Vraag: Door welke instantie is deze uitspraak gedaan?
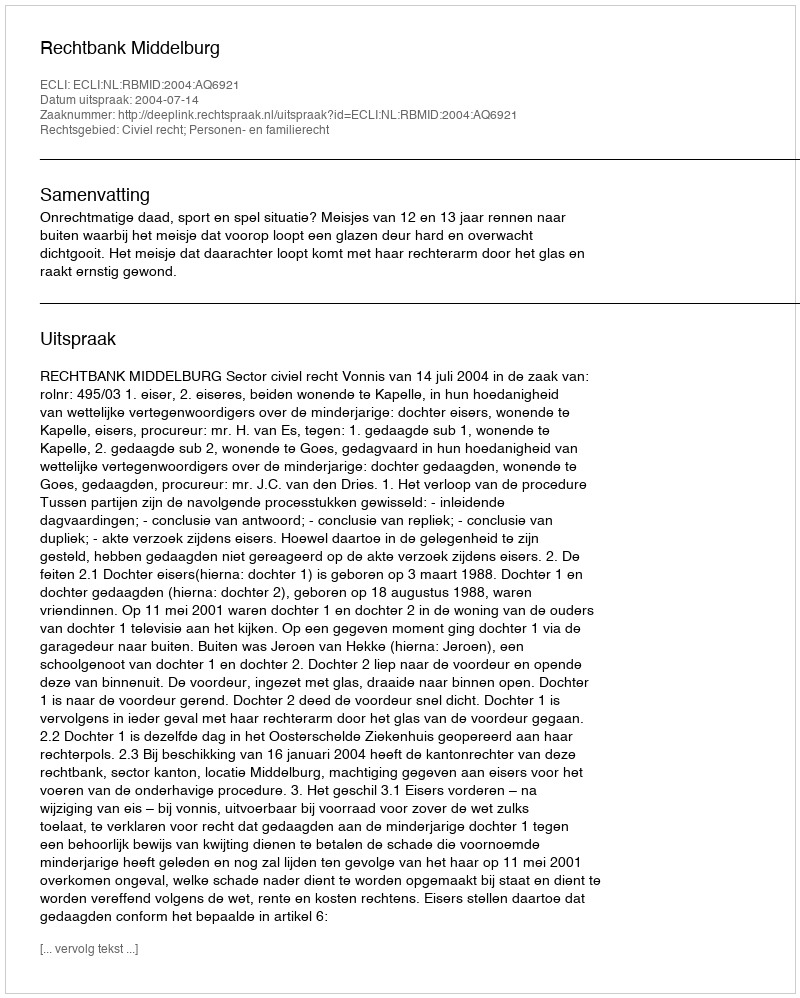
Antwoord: Rechtbank Middelburg